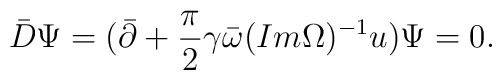
\bar D \Psi =(\bar \partial +{\pi\over 2}\gamma \bar \omega (Im \Omega )^{-1}u )\Psi=0.